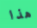
هذا